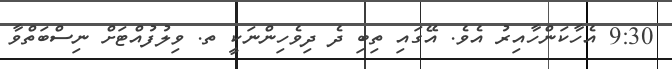
9:30 އެހާކަންހާއިރު އެވެ. އޭގައި ތިބި ދެ ދިވެހިންނަކީ ތ. ވިލުފުއްޓަށް ނިސްބަތްވާ